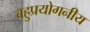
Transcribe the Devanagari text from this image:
बहुप्रयोगनीय